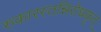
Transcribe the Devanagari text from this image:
रुकारस्तन्निरोधकृत्